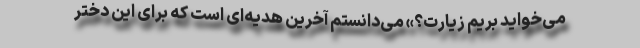
می‌خواید بریم زیارت؟» می‌دانستم آخرین هدیه‌ای است که برای این دختر